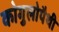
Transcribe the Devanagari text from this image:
कोगुलोपैथी